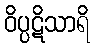
ဝိပ္ပဋိသာရိ